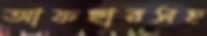
আফছারসহ